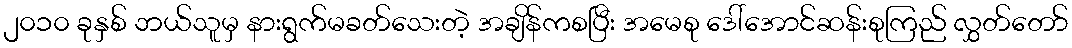
၂၀၁၀ ခုနှစ် ဘယ်သူမှ နားရွက်မခတ်သေးတဲ့ အချိန်ကစပြီး အမေစု ဒေါ်အောင်ဆန်းစုကြည် လွှတ်တော်